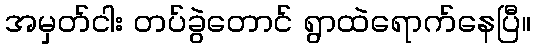
အမှတ်ငါး တပ်ခွဲတောင် ရွာထဲရောက်နေပြီ။